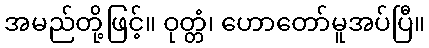
အမည်တို့ဖြင့်။ ဝုတ္တံ၊ ဟောတော်မူအပ်ပြီ။